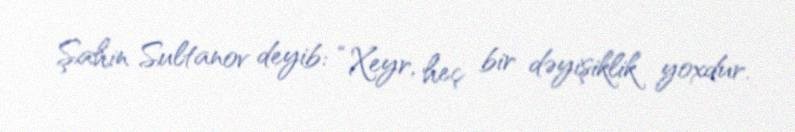
Şahin Sultanov deyib: “Xeyr, heç bir dəyişiklik yoxdur.